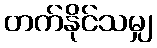
တက်နိုင်သမျှ